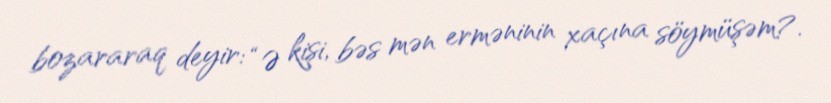
bozararaq deyir: “Ə kişi, bəs mən erməninin xaçına söymüşəm?.